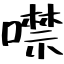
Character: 噤